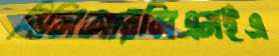
বিসিআরসিএমইএ